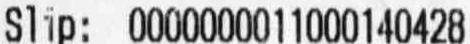
SLIP: 0000000011000140428